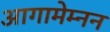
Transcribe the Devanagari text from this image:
आगामेम्नन